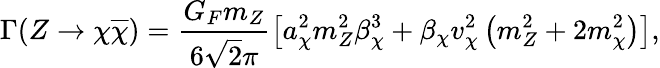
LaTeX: \Gamma(Z\to\chi\overline{{{\chi}}})=\frac{G_{F}m_{Z}}{6\sqrt{2}\pi}\left[a_{\chi}^{2}m_{Z}^{2}\beta_{\chi}^{3}+\beta_{\chi}v_{\chi}^{2}\left(m_{Z}^{2}+2m_{\chi}^{2}\right)\right],